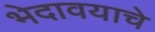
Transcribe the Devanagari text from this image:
भेदावयाचे